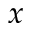
x